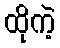
ထိုကဲ့